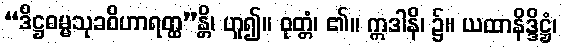
“ဒိဋ္ဌဓမ္မသုခဝိဟာရတ္ထ”န္တိ၊ ဟူ၍။ ဝုတ္တံ၊ ၏။ ဣဒါနိ၊ ၌။ ယထာနိဒ္ဒိဋ္ဌံ၊